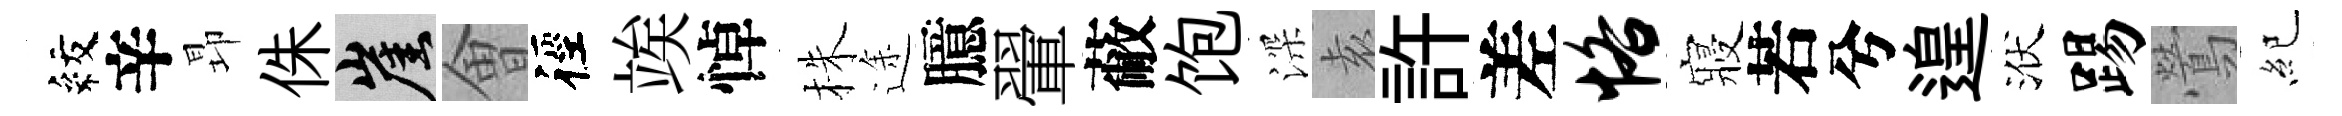
紋辛昻侏崖㑹徑竢悼株途臆翬蔽饱深𡊮許差恪寢若兮遑洑踢鶯紀